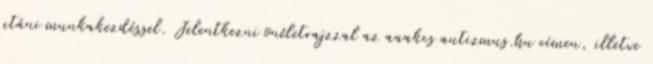
utáni munkakezdéssel. Jelentkezni önéletrajzzal az aaakcs autizmus.hu címen, illetve